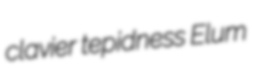
clavier tepidness Elum